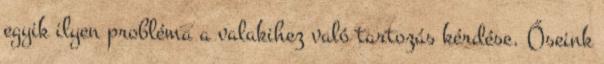
egyik ilyen probléma a valakihez való tartozás kérdése. Őseink